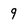
Character: 9